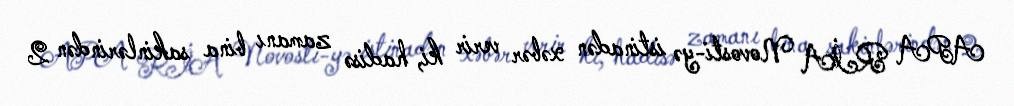
APA RİA Novosti-yə istinadən xəbər verir ki, hadisə zamanı bina sakinlərindən 2